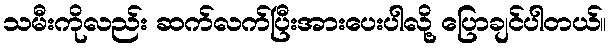
သမီးကိုလည်း ဆက်လက်ပြီးအားပေးပါလို့ ပြောချင်ပါတယ်။